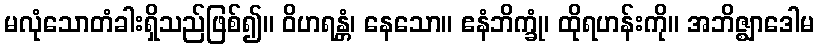
မလုံသောတံခါးရှိသည်ဖြစ်၍။ ဝိဟရန္တံ၊ နေသော။ ဧနံဘိက္ခုံ၊ ထိုရဟန်းကို။ အဘိဇ္ဈာဒေါမ